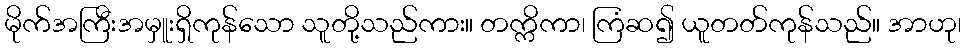
မိုက်အကြီးအမှူးရှိကုန်သော သူတို့သည်ကား။ တက္ကိကာ၊ ကြံဆ၍ ယူတတ်ကုန်သည်။ အာဟု၊